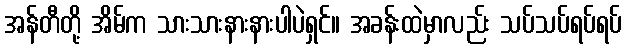
အန်တီတို့ အိမ်က သားသားနားနားပါပဲရှင်။ အခန်းထဲမှာလည်း သပ်သပ်ရပ်ရပ်